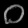
Digit: ၀